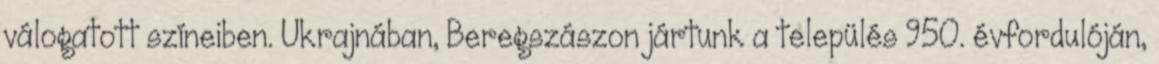
válogatott színeiben. Ukrajnában, Beregszászon jártunk a település 950. évfordulóján,